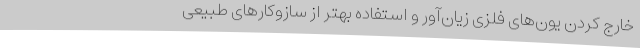
خارج کردن یون‌های فلزی زیان‌آور و استفاده بهتر از سازوکارهای طبیعی